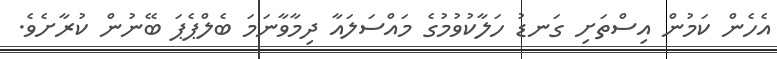
އެހެން ކަމުން އިސްތަށި ގަނޑު ހަލާކުވުމުގެ މައްސަލައާ ދިމާވާނަމަ ބެލްޕެޕަ ބޭނުން ކުރާށެވެ.